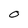
Character: 0